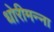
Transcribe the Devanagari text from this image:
धोरीमन्ना